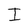
Character: J